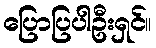
ပြောပြပါဦးရှင်။